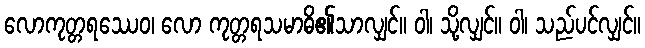
လောကုတ္တရဿေဝ၊ လော ကုတ္တရသမာဓိ၏သာလျှင်။ ဝါ၊ သို့လျှင်။ ဝါ၊ သည်ပင်လျှင်။